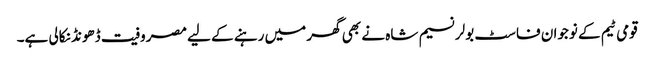
قومی ٹیم کے نوجوان فاسٹ بولر نسیم شاہ نے بھی گھر میں رہنے کے لیے مصروفیت ڈھونڈ نکالی ہے۔